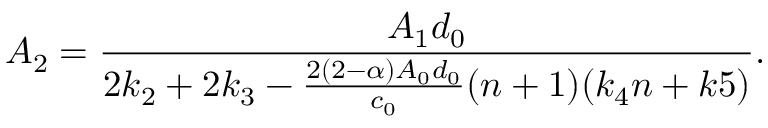
A _ { 2 } = \frac { A _ { 1 } d _ { 0 } } { 2 k _ { 2 } + 2 k _ { 3 } - \frac { 2 ( 2 - \alpha ) A _ { 0 } d _ { 0 } } { c _ { 0 } } ( n + 1 ) ( k _ { 4 } n + k 5 ) } .